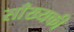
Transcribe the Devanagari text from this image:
साँख्यकी